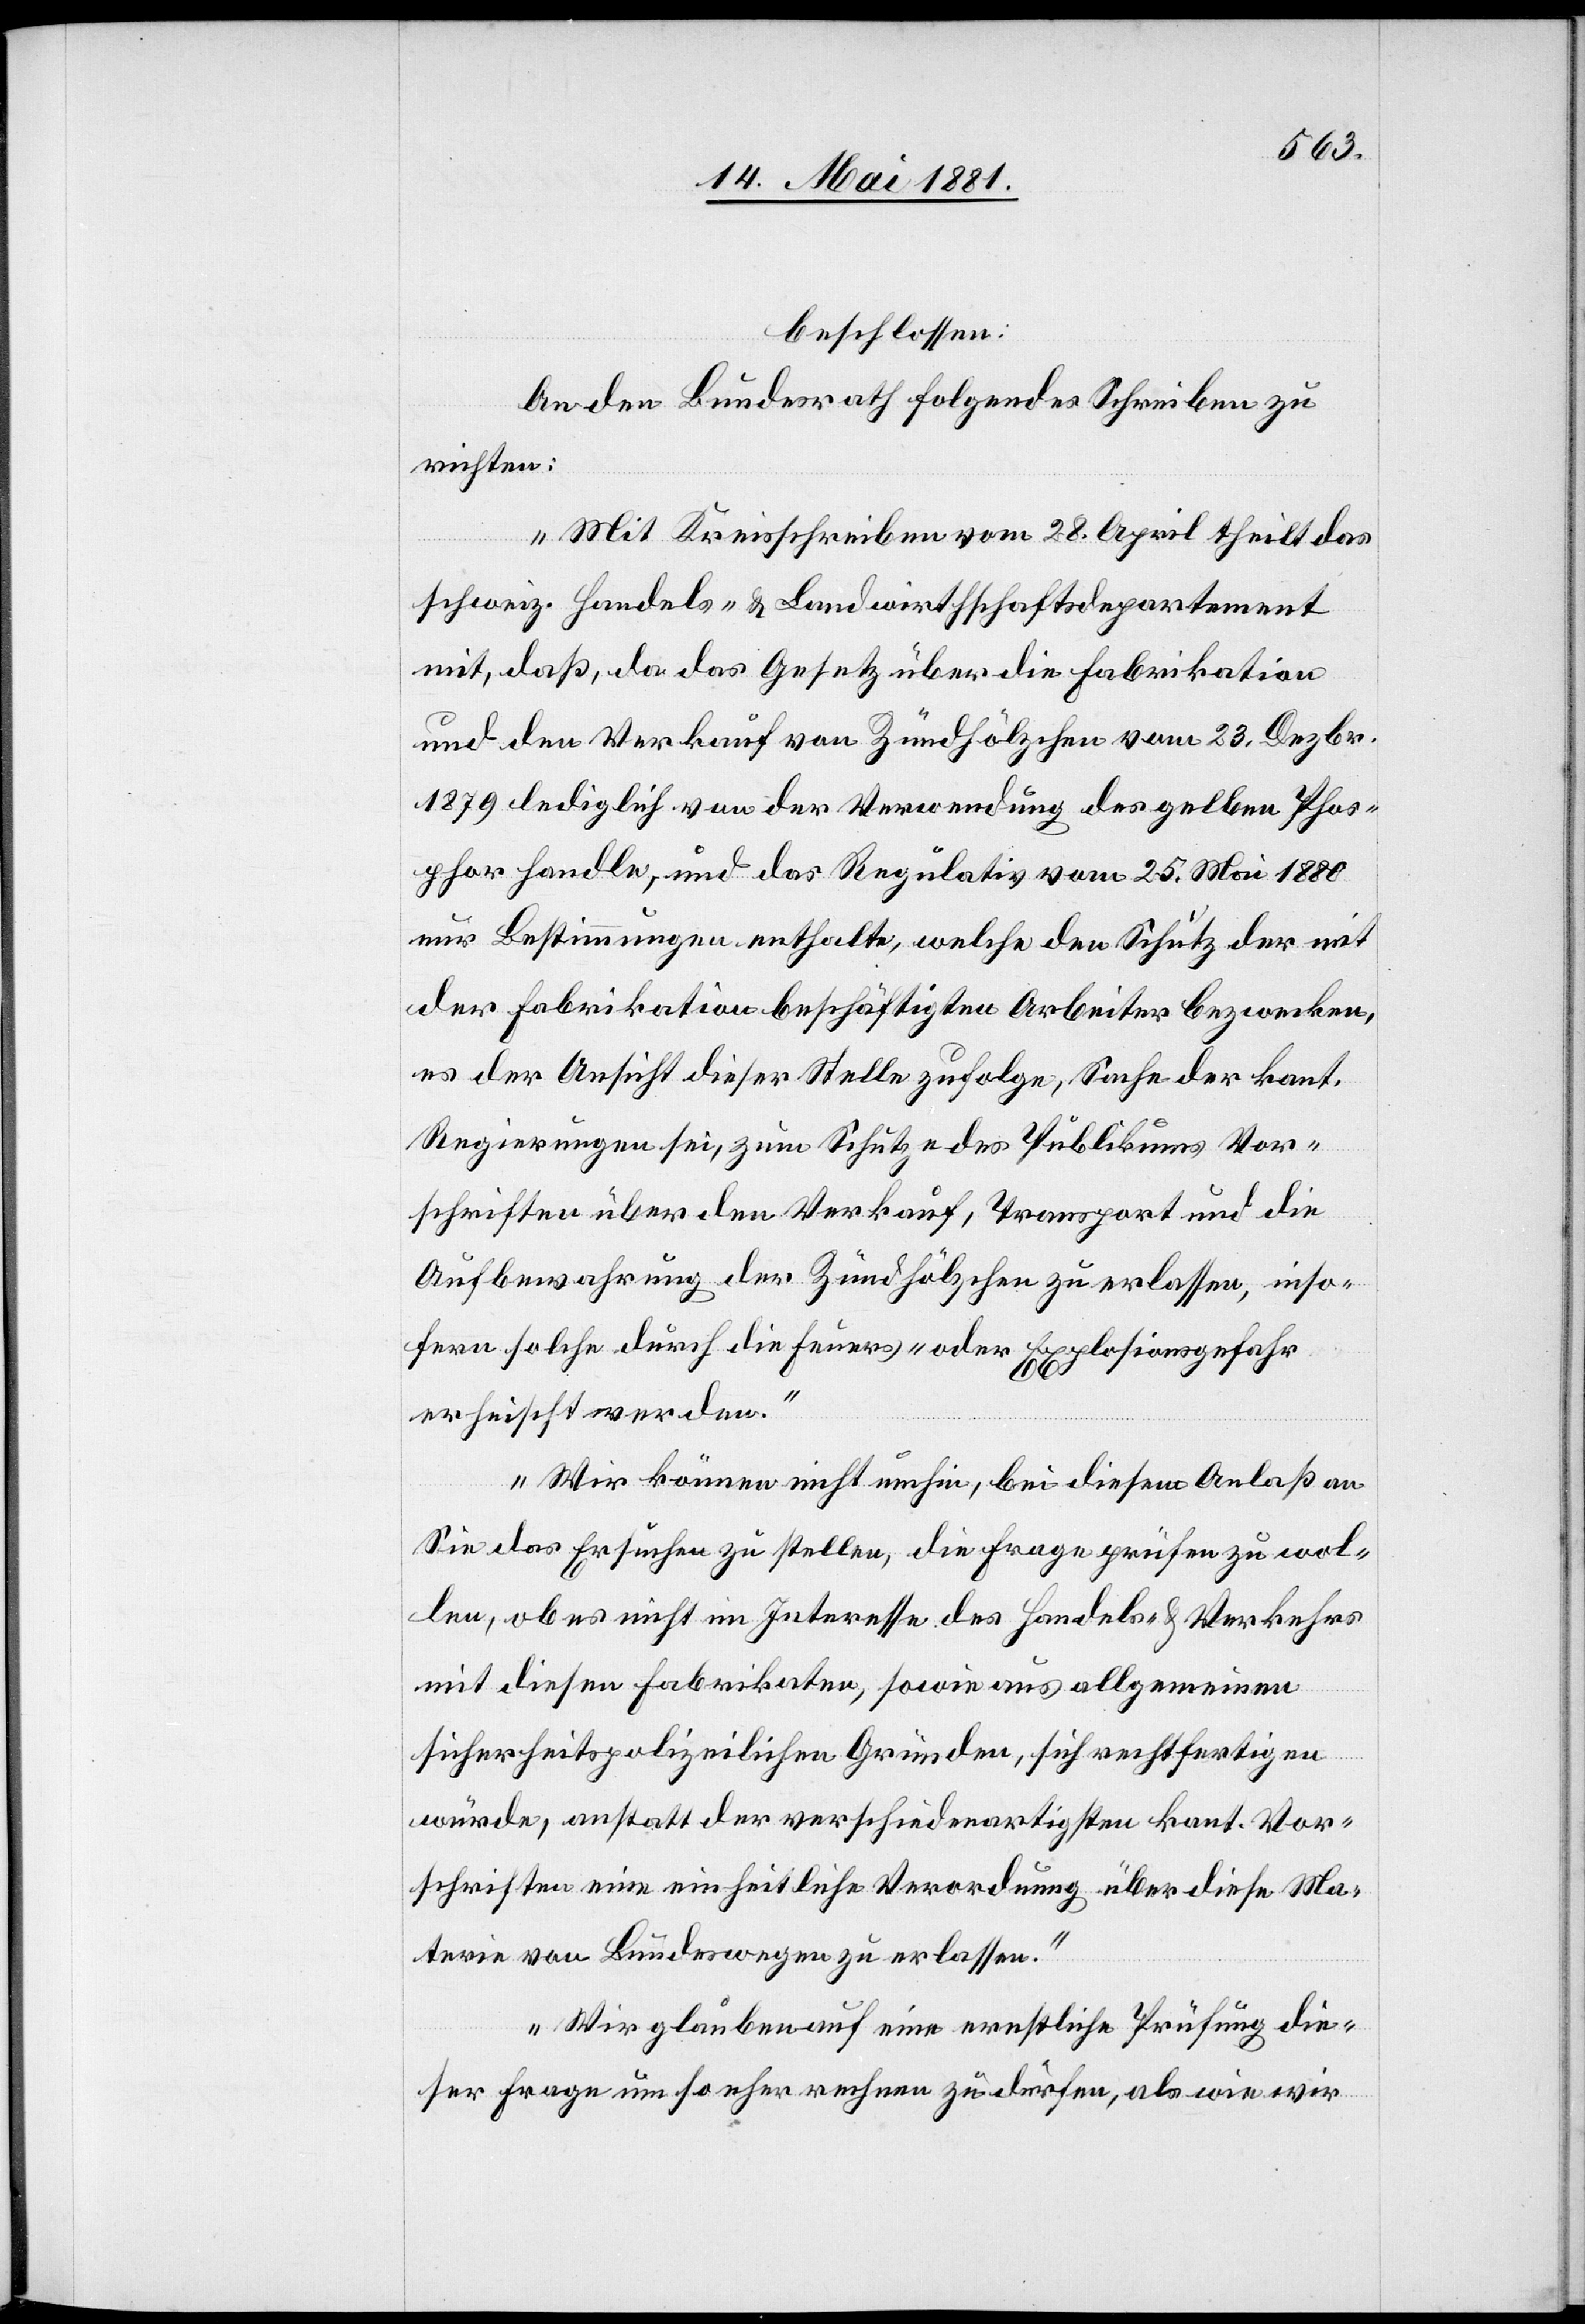
beschlossen:
An den Bundesrath folgendes Schreiben zu
richten:
„Mit Kreisschreiben vom 28. April theilt das
schweiz. Handels- & Landwirthschaftsdepartement
mit, daß, da das Gesetz über die Fabrikation
und den Verkauf von Zündhölzchen vom 23. Dezbr.
1879 lediglich von der Verordnung des gelben Phos¬
phor handle, und das Regulativ vom 25. Mai 1880
nur Bestimmungen enthalte, welche den Schutz der mit
der Fabrikation beschäftigten Arbeiter bezwecken,
es der Ansicht dieser Stelle zufolge, Sache der kant.
Regierungen sei, zum Schutze des Publikums Vor¬
schriften über den Verkauf, Transport und die
Aufbewahrung der Zündhölzchen zu erlassen, inso¬
fern solche durch die Feuer- oder Explosionsgefahr
erheischt werden.
Wir können nicht umhin, bei diesem Anlaß an
Sie das Ersuchen zu stellen, die Frage prüfen zu wol¬
len, ob es nicht im Interesse des Handels- & Verkehrs
mit diesen Fabrikaten, sowie aus allgemeinen
sicherheitspolizeilichen Gründen, sich rechtfertigen
würde, anstatt der verschiedenartigen kant. Vor¬
schriften eine einheitliche Verordnung über diese Ma¬
terie von Bundeswegen zu erlassen.
Wir glauben auf eine ernstliche Prüfung die¬
ser Frage um so eher rechnen zu dürfen, als wie wir